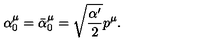
\alpha _ { 0 } ^ { \mu } = \bar { \alpha } _ { 0 } ^ { \mu } = \sqrt { \frac { \alpha ^ { \prime } } 2 } p ^ { \mu } .